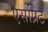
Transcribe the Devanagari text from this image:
एसप्रिट